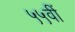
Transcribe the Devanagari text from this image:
५५वीं